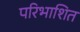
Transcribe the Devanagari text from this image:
परिभाशित